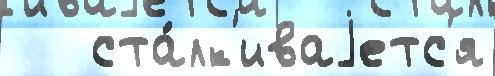
   ста́лк'иваjетс'я